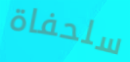
سلحفاة